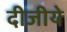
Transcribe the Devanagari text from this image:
दीजीये